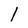
Character: 1